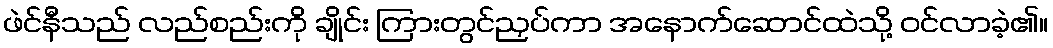
ဖဲင်နီသည် လည်စည်းကို ချိုင်း ကြားတွင်ညှပ်ကာ အနောက်ဆောင်ထဲသို့ ဝင်လာခဲ့၏။